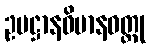
ဥပဋ္ဌာနဝိမာနဝတ္ထု